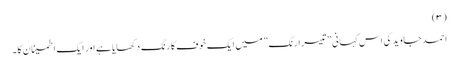
(۳)
احمد جاوید کی اس کہانی ”تیسرا رنگ ” میں ایک خوف کا رنگ دکھایا ہے اور ایک اطمینان کا ۔